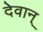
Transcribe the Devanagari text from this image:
देवान्